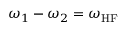
\omega _ { 1 } - \omega _ { 2 } = \omega _ { \mathrm { H F } }